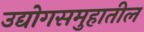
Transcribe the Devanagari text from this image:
उद्योगसमुहातील